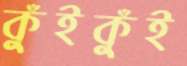
কুঁইকুঁই